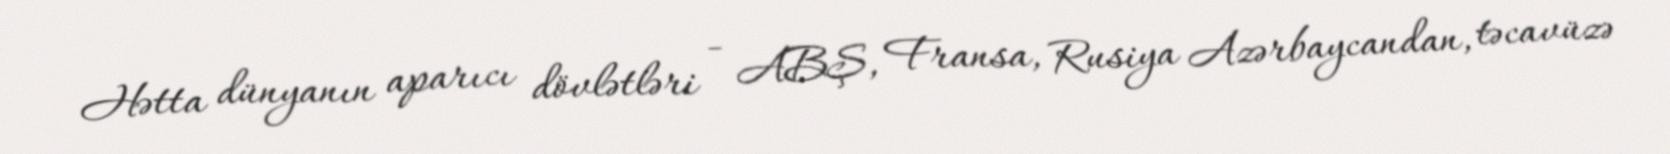
Hətta dünyanın aparıcı dövlətləri - ABŞ, Fransa, Rusiya Azərbaycandan, təcavüzə